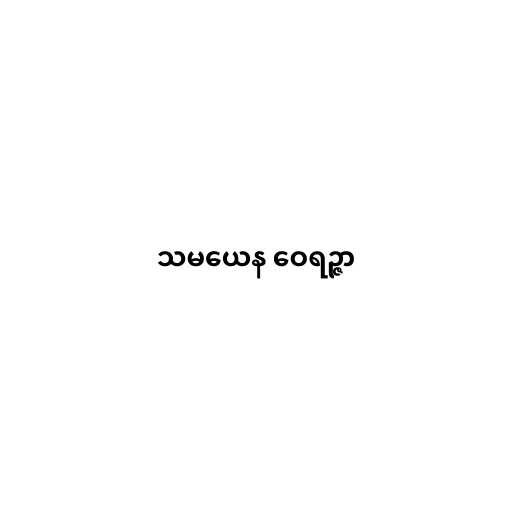
သမယေန ဝေရဉ္ဇာ